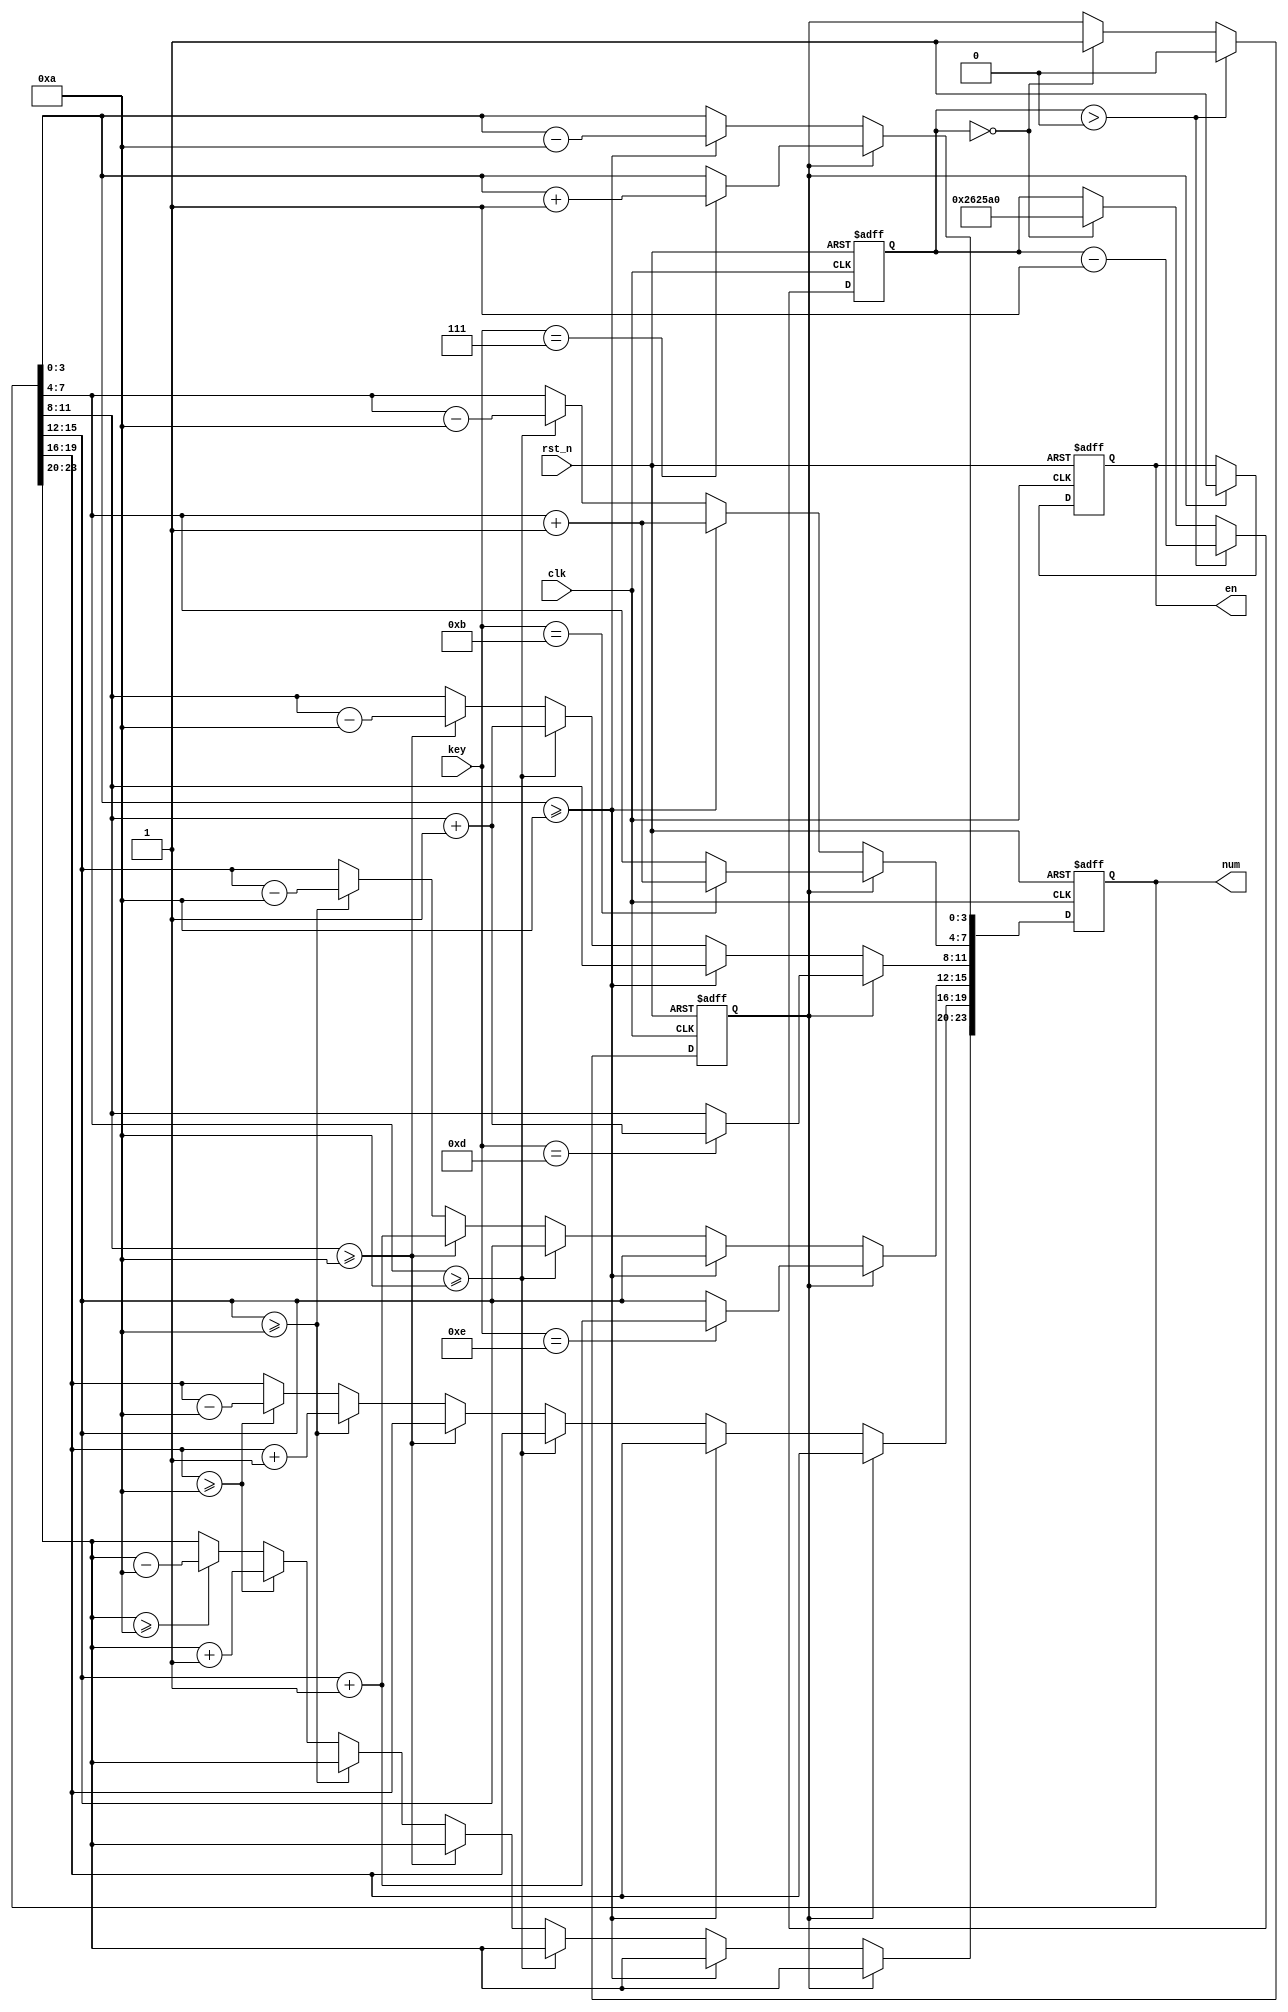
module key_seg (
    input              clk,
    input              rst_n,
    input       [3:0]  key,

    output  reg [23:0] num,
    output  reg        en
);

reg                    flag;
parameter              MAX_NUM = 22'd2500_000;
reg             [21:0] cnt;

always @(posedge clk, negedge rst_n) begin
    if(!rst_n) begin
        flag <= 1'd0;  
        cnt <= 22'd2500_000;
    end
    else if(cnt > 22'd0) begin
        flag <= 1'd0;
        cnt <= cnt - 22'd1;
    end
    else if(cnt == 22'd0) begin
        flag <= 1'd1;
        cnt <= 22'd2500_000;
    end
           
end

always @(posedge clk, negedge rst_n) begin
    if(!rst_n) begin
        en <= 0;
        num <= 24'd0;
    end    
    else if(flag == 1'd1) begin
        en <= 1;
        case(key)
        4'b0111:    num[3:0] <= num[3:0] + 1'd1;
        4'b1011:    num[7:4] <= num[7:4] + 1'd1;
        4'b1101:    num[11:8] <= num[11:8] + 1'd1;
        4'b1110:    num[15:12] <= num[15:12] + 1'd1;
        endcase    
    end
   else if(num[3:0] >= 4'd10) begin
        num[3:0] <= num[3:0] - 4'd10;
        num[7:4] <= num[7:4] + 4'd1;
    end

   else if(num[7:4] >= 4'd10) begin
        num[7:4] <= num[7:4] - 4'd10;
        num[11:8] <= num[11:8] + 4'd1;
    end

    else if(num[11:8] >= 4'd10) begin
        num[11:8] <= num[11:8] - 4'd10;
        num[15:12] <= num[15:12] + 4'd1;
    end

    else if(num[15:12] >= 4'd10) begin
        num[15:12] <= num[15:12] - 4'd10;
        num[19:16] <= num[19:16] + 4'd1;
    end

    else if(num[19:16] >= 4'd10) begin
        num[19:16] <= num[19:16] - 4'd10;
        num[23:20] <= num[23:20] + 4'd1;
    end

    else if(num[23:20] >= 4'd10) 
        num[23:20] <= num[23:20] - 4'd10;

end
    

endmodule